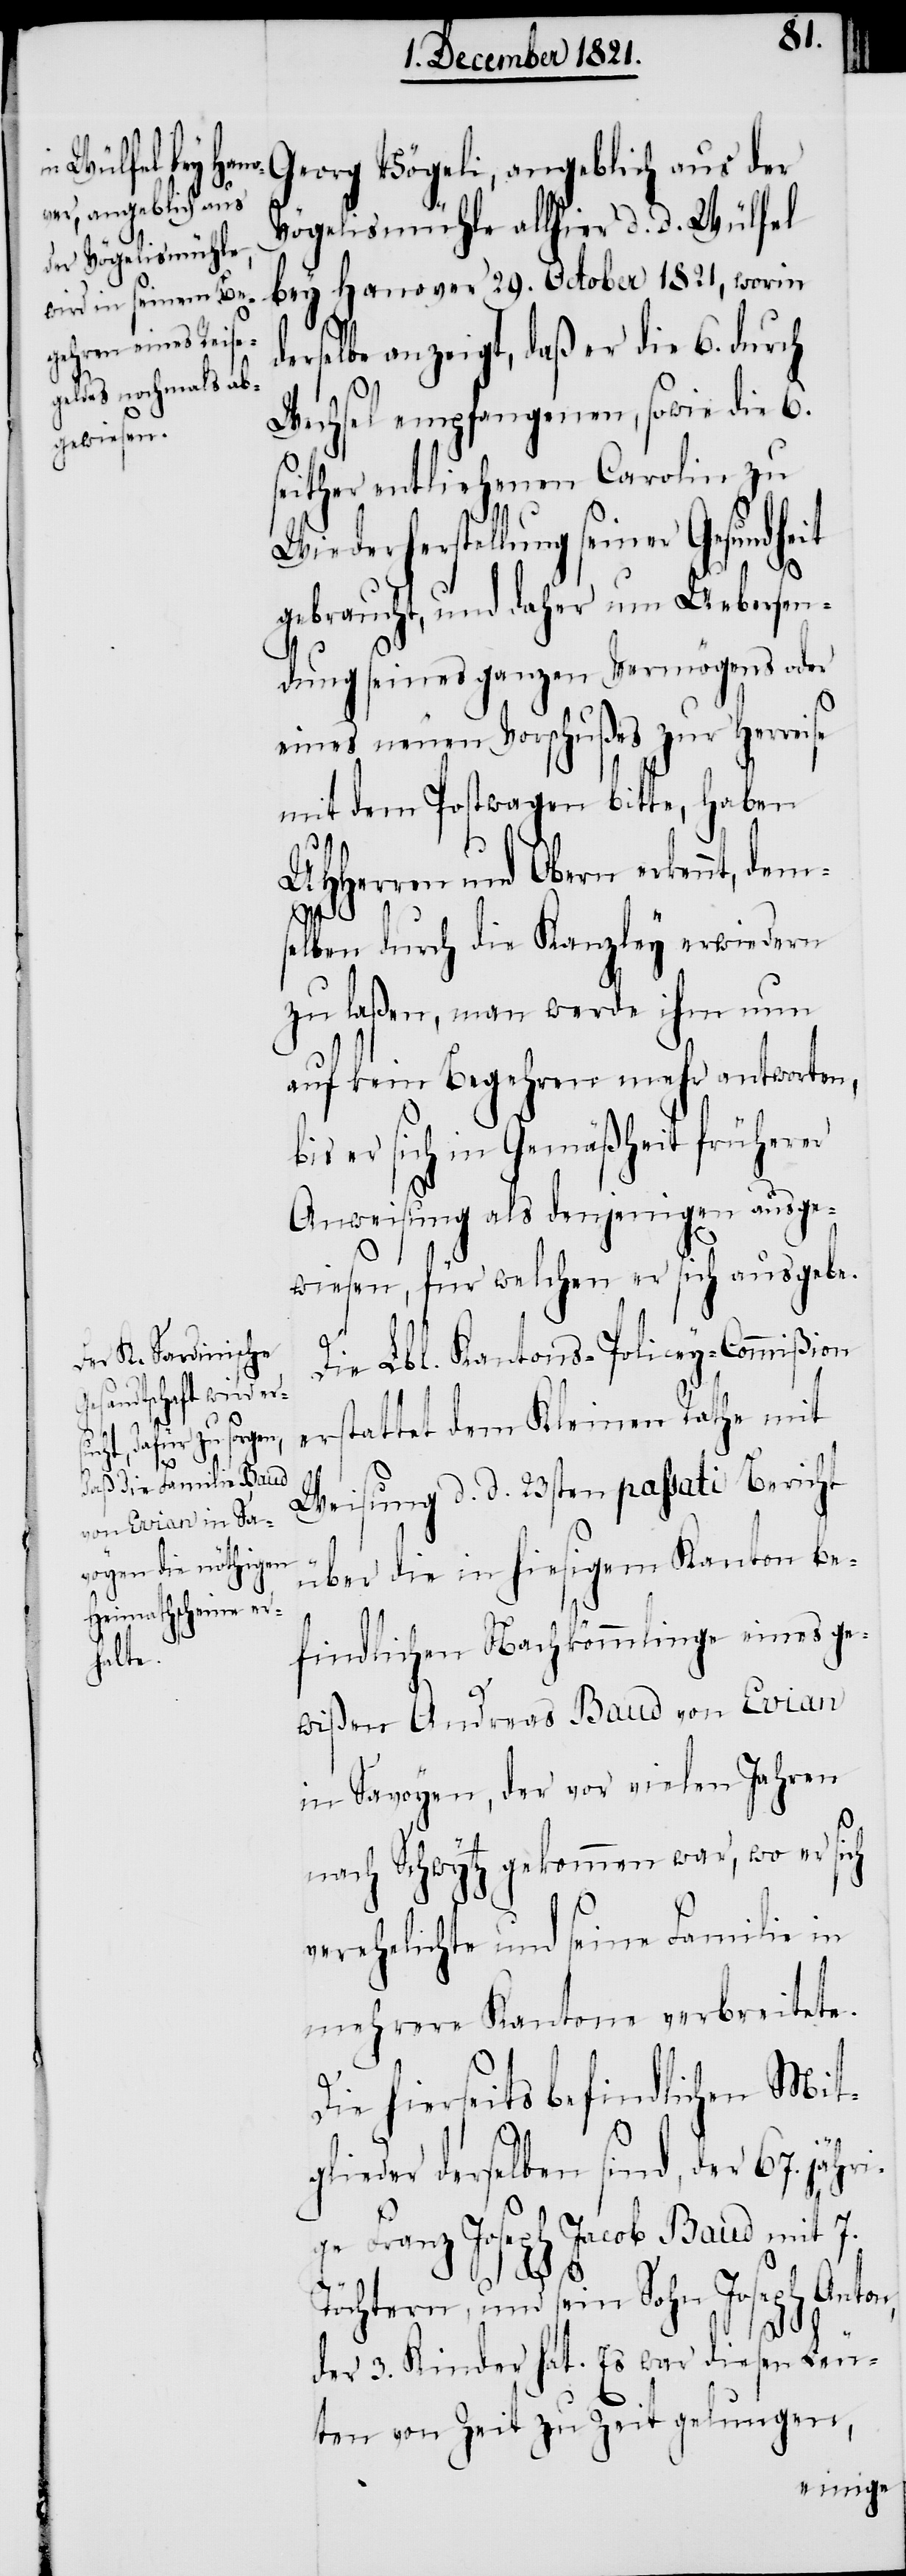
Georg Vögeli, angeblich aus der
Vögelismühle allhier d. d. Wülfel
bey Hanover 29. October 1821, worin
derselbe anzeigt, daß er die 6. durch
Wechsel empfangenen, sowie die 6.
seither entliehenen Carolin zu
Wiederherstellung seiner Gesundheit
gebraucht, und daher um Uebersen¬
dung seines ganzen Vermögens oder
eines neuen Vorschußes zur Herreise
mit dem Postwagen bitte, haben
UHHerren und Obern erkennt,
dem¬
selben durch die Kanzley erwiedern
zu laßen, man werde ihm nun
auf kein Begehren mehr antworten,
bis er sich in Gemäßheit früherer
Anweisung als denjenigen ausge¬
wiesen, für welchen er sich ausgebe.
Die Lbl. Kantons-Policey-Commißion
erstattet dem Kleinen Rathe mit
Weisung d. d. 23sten passati Bericht
über die in hiesigem Kanton be¬
findlichen Nachkömmlinge eines ge¬
wißen Andreas Baud von Evian
in Savoyen, der vor vielen Jahren
nach Schwytz gekommen war, wo er sich
verehelichte und seine Familie in
mehrere Kantone verbreitete.
Die hierseits befindlichen Mit¬
glieder derselben sind, der 67. jähri¬
ge Franz Joseph Jacob Baud mit 7.
Töchtern, und sein Sohn Joseph Anton,
der 3. Kinder hat. Es war diesen Leu¬
ten von Zeit zu Zeit gelungen,